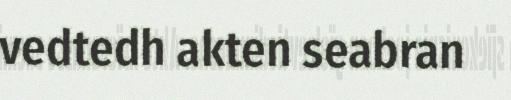
vedtedh akten seabran